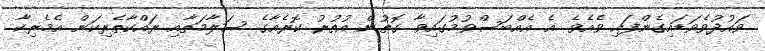
ވައުދުވެވަޑައިގެންފައި ވެއެވެ. އެ އެއްބަސްވުމުގައިވާ ގޮތުން އުތުރު ކޮރެއާގެ ސަލާމަތާއި ރައްކާތެރިކަން އެމެރިކާ